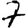
Digit: 7